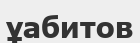
ұабитов